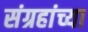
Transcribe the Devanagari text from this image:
संग्रहांच्या